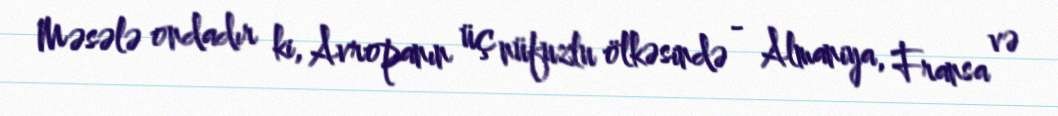
Məsələ ondadır ki, Avropanın üç nüfuzlu ölkəsində - Almaniya, Fransa və